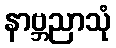
နာဗ္ဘညာသုံ